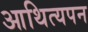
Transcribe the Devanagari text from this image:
आथित्यपन